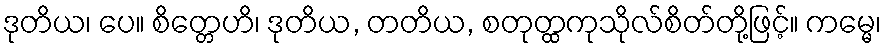
ဒုတိယ၊ ပေ။ စိတ္တေဟိ၊ ဒုတိယ, တတိယ, စတုတ္ထကုသိုလ်စိတ်တို့ဖြင့်။ ကမ္မေ၊